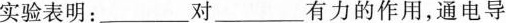
实验表明：_______对______有力的作用，通电导